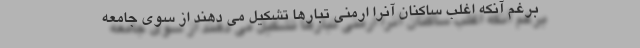
برغم آنکه اغلب ساکنان آنرا ارمنی تبار‌ها تشکیل می دهند از سوی جامعه